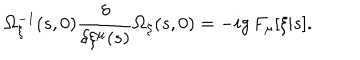
\Omega _ { \xi } ^ { - 1 } ( s , 0 ) { \frac { \delta } { \delta \xi ^ { \mu } ( s ) } } \Omega _ { \xi } ( s , 0 ) = - i g \, F _ { \mu } [ \xi | s ] .